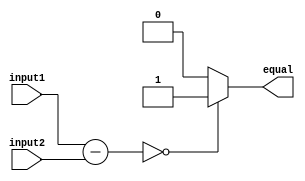
module EqualityComparator (
    input [7:0] input1,
    input [7:0] input2,
    output reg equal
);

reg [7:0] result;

always @* begin
    result = input1 - input2;
    
    if(result == 8'h00)
        equal = 1;
    else
        equal = 0;
end

endmodule